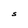
Character: S